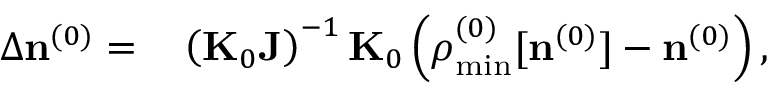
\begin{array} { r l } { \Delta { \bf n } ^ { ( 0 ) } = } & { { } \left( { \bf K } _ { 0 } { \bf J } \right) ^ { - 1 } { \bf K } _ { 0 } \left( { \boldsymbol \rho } _ { \mathrm { m i n } } ^ { ( 0 ) } [ { \bf n } ^ { ( 0 ) } ] - { \bf n } ^ { ( 0 ) } \right) , } \end{array}